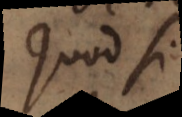
Quod si